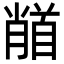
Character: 𩠦